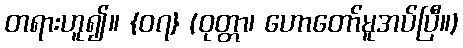
တရားဟူ၍။ {၀၇} (ဝုတ္တာ၊ ဟောတော်မူအပ်ပြီ။)